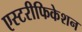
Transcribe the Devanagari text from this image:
एस्टरीफिकेशन